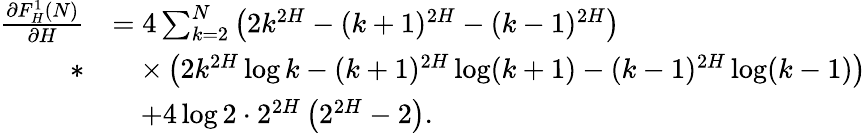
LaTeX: \begin{array}{rl}{\frac{\partial F_{H}^{1}(N)}{\partial H}}&{=4\sum_{k=2}^{N}\left(2k^{2H}-(k+1)^{2H}-(k-1)^{2H}\right)}\\ {*}&{\quad\times\left(2k^{2H}\log k-(k+1)^{2H}\log(k+1)-(k-1)^{2H}\log(k-1)\right)}\\ &{\quad+4\log 2\cdot 2^{2H}\left(2^{2H}-2\right).}\end{array}